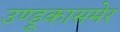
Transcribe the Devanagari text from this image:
उण्डूकासमेर